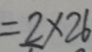
= 2 \times 2 6